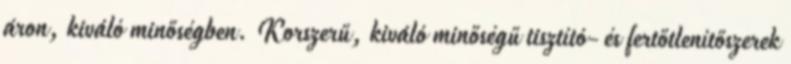
áron, kiváló minőségben. Korszerű, kiváló minőségű tisztító- és fertőtlenítőszerek